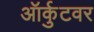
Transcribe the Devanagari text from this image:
ऑर्कुटवर